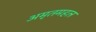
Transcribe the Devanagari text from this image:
अमृतमहल